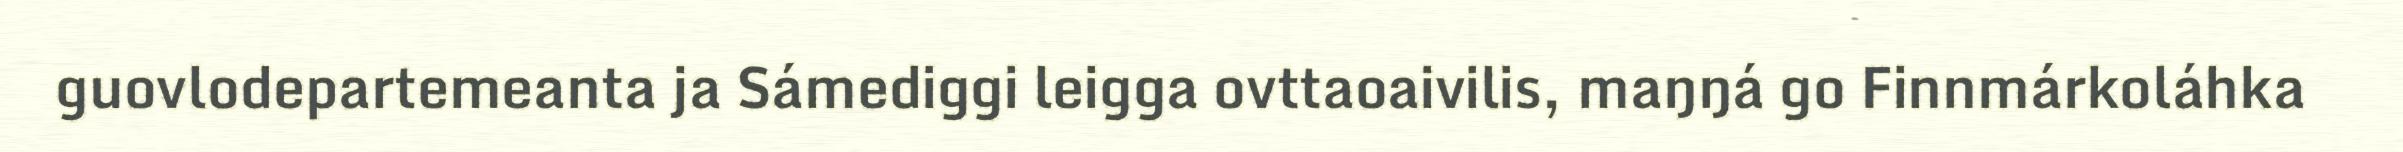
guovlodepartemeanta ja Sámediggi leigga ovttaoaivilis, maŋŋá go Finnmárkoláhka